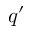
q ^ { \prime }